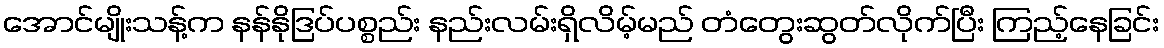
အောင်မျိုးသန့်က နန်နိုဒြပ်ပစ္စည်း နည်းလမ်းရှိလိမ့်မည် တံတွေးဆွတ်လိုက်ပြီး ကြည့်နေခြင်း